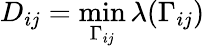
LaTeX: D_{ij}=\operatorname*{min}_{\Gamma_{ij}}\lambda(\Gamma_{ij})